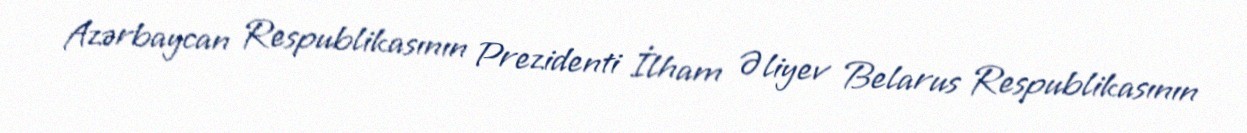
Azərbaycan Respublikasının Prezidenti İlham Əliyev Belarus Respublikasının